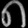
Digit: ၈